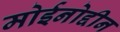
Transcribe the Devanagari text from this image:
मोईनोद्दीन